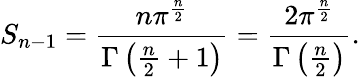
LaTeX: S_{n-1}={\frac{n\pi^{\frac{n}{2}}}{\Gamma\left({\frac{n}{2}}+1\right)}}={\frac{2\pi^{\frac{n}{2}}}{\Gamma\left({\frac{n}{2}}\right)}}.